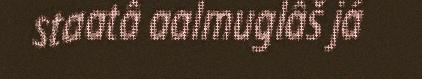
staatâ aalmuglâš já